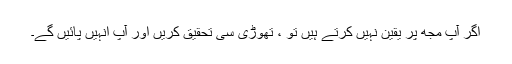
اگر آپ مجھ پر یقین نہیں کرتے ہیں تو ، تھوڑی سی تحقیق کریں اور آپ انہیں پائیں گے۔